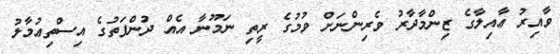
ވާއިރު ޢާއިލާގެ ޒިންމާދާރު ވެރިންނަށް ވުމުގެ ރީތި ނަމޫނާ އެއް ދުންފަތުގެ އިސްތިޢުމާލު